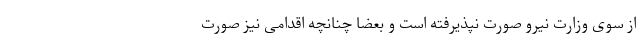
از سوی وزارت نیرو صورت نپذیرفته است و بعضا چنانچه اقدامی نیز صورت